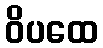
ဝိပထေ